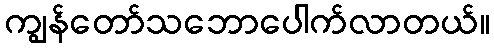
ကျွန်တော်သဘောပေါက်လာတယ်။